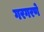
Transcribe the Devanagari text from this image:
गरगरणे